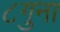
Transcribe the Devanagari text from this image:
८गुना